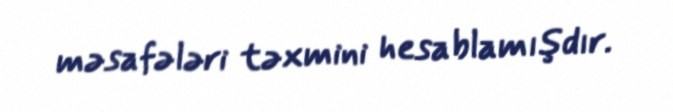
məsafələri təxmini hesablamışdır.